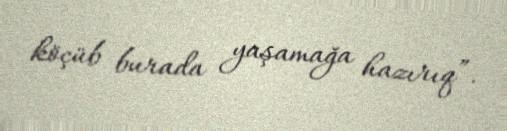
köçüb burada yaşamağa hazırıq”.